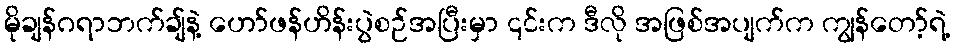
မိုချန်ဂရာဘက်ချ်နဲ့ ဟော်ဖန်ဟိန်းပွဲစဉ်အပြီးမှာ ၎င်းက ဒီလို အဖြစ်အပျက်က ကျွန်တော့်ရဲ့